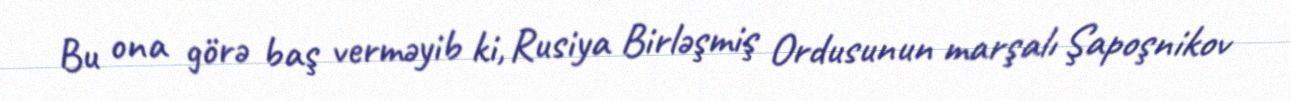
Bu ona görə baş verməyib ki, Rusiya Birləşmiş Ordusunun marşalı Şapoşnikov